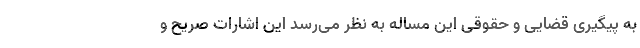
به پیگیری قضایی و حقوقی این مساله به نظر می‌رسد این اشارات صریح و